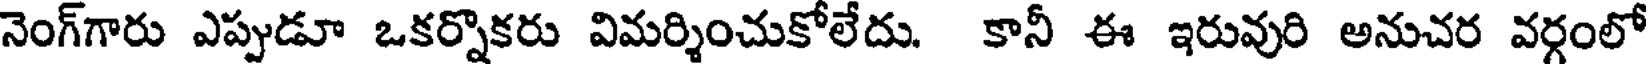
నెంగ్గారు ఎప్పుడూ ఒకర్నొకరు విమర్శించుకోలేదు. కానీ ఈ ఇరువురి అనుచర వర్గంలో